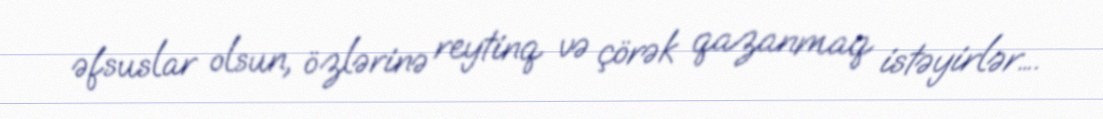
əfsuslar olsun, özlərinə reytinq və çörək qazanmaq istəyirlər….